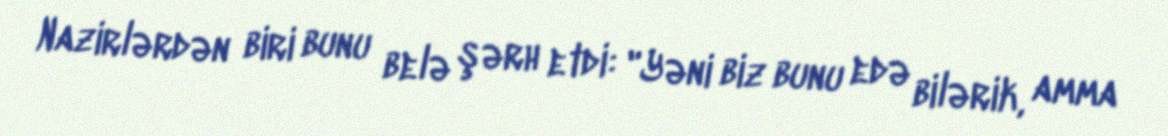
Nazirlərdən biri bunu belə şərh etdi: "Yəni biz bunu edə bilərik, amma